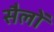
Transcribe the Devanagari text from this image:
सैलों